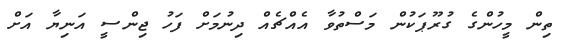
ތިން މީހުންގެ ގުރޫޕަކުން މަސްތުވާ އެއްޗެއް ދިނުމަށް ފަހު ޖިންސީ އަނިޔާ އަށް